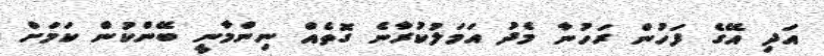
އަދި އޭގެ ފަހުން ރަހުނާ މެދު އަމަލުކުރާނެ ގޮތެއް ނިންމާނީ ބޭންކުން ކަމަށް